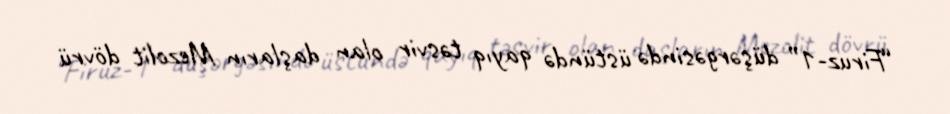
“Firuz-1” düşərgəsində üstündə qayıq təsvir olan daşların Mezolit dövrü